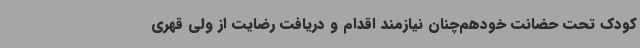
کودک تحت حضانت خودهم‌چنان نیازمند اقدام و دریافت رضایت از ولی قهری